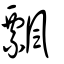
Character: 飃